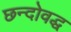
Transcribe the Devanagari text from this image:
छन्दोवद्ध